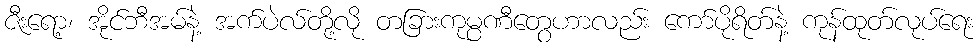
ဇီးရော့၊ အိုင်ဘီအမ်နဲ့ အက်ပဲလ်တို့လို တခြားကုမ္ပဏီတွေဟာလည်း ကော်ပိုရိတ်နဲ့ ကုန်ထုတ်လုပ်ရေး